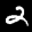
Label: 2